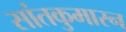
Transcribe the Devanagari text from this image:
सांतकुमारन